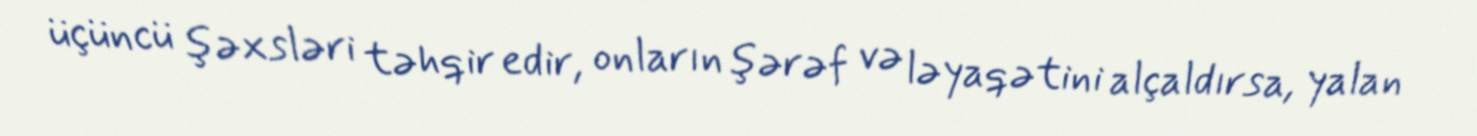
üçüncü şəxsləri təhqir edir, onların şərəf və ləyaqətini alçaldırsa, yalan